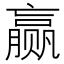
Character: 赢